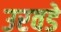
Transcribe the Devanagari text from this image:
उरवडे